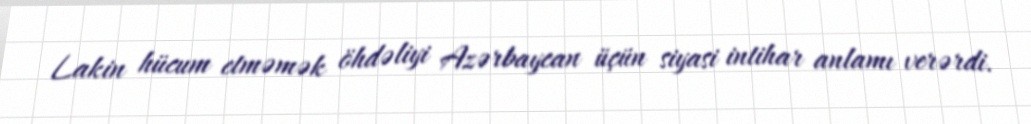
Lakin hücum etməmək öhdəliyi Azərbaycan üçün siyasi intihar anlamı verərdi.